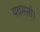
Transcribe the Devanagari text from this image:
पदमसी।